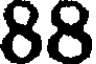
88